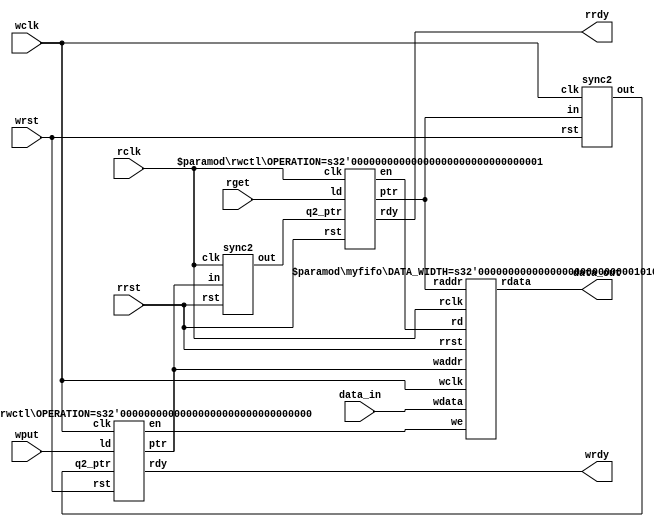
`timescale 1ns / 1ps
//////////////////////////////////////////////////////////////////////////////////
// Company: 
// Engineer: 
// 
// Design Name: 
// Module Name:    lp805x_syncg 
// Project Name: 
// Target Devices: 
// Tool versions: 
// Description: 
//
// Dependencies: 
//
// Revision: 
// Revision 0.01 - File Created
// Additional Comments: 
//
//////////////////////////////////////////////////////////////////////////////////

module lp805x_syncg(
		wclk,
		wrst,
		data_in,
		wput,
		wrdy,
		rclk,
		rrst,
		data_out,
		rget,
		rrdy
    );
	 
	parameter WR=0;
	parameter RD=1;
	parameter DATA_WIDTH = 40;

	input [DATA_WIDTH-1:0] data_in;
	input wclk,wrst,wput;
	output wrdy;
	
	output [DATA_WIDTH-1:0] data_out;
	input rclk,rrst,rget;
	output rrdy;
	
	wire we,wptr;
	wire rd,rptr;
	wire wq2_rptr,rq2_wptr;

	rwctl #(.OPERATION(WR)) wctl( .clk( wclk), .rst(wrst), .ld(wput),
							.rdy(wrdy), .en(we), .ptr(wptr), .q2_ptr(wq2_rptr));
	
	sync2 syncrtow( .clk( wclk), .rst( wrst), .in(rptr), .out(wq2_rptr));
	
	rwctl #(.OPERATION(RD)) rctl( .clk( rclk), .rst(rrst), .ld(rget),
							.rdy(rrdy), .en(rd), .ptr(rptr), .q2_ptr(rq2_wptr));
							
	sync2 syncwtor( .clk( rclk), .rst( rrst), .in(wptr), .out(rq2_wptr));						
		
	myfifo #(.DATA_WIDTH(DATA_WIDTH))
	fifo_1
	(
		.wclk( wclk),
		.we( we),
		.waddr( wptr),
		.wdata( data_in),
		.rclk( rclk),
		.rrst( rrst),
		.rd( rd),
		.raddr( rptr),
		.rdata( data_out)
	);

endmodule

module myfifo(
	wclk,
	we,
	waddr,
	wdata,
	rclk,
	rrst,
	rd,
	raddr,
	rdata
	);
	
	parameter DATA_WIDTH = 40;
	parameter ADDR_WIDTH = 1;

	input wclk,we;
	input [DATA_WIDTH-1:0] wdata;
	input [ADDR_WIDTH-1:0] waddr;
		
	input rclk,rd;
	input rrst;
	output reg [DATA_WIDTH-1:0] rdata;
	input [ADDR_WIDTH-1:0] raddr;
	
	reg [DATA_WIDTH-1:0] buff [0:(1<<ADDR_WIDTH)-1]; //(1<<ADDR_WIDTH)-1
		
	always @(posedge wclk)
		if ( we)
			buff[waddr] <= #1 wdata;
			
	always @(posedge rclk)
		if ( rrst)
			rdata <= #1 0;
		else if ( rd)
			rdata <= #1 buff[raddr];
	
endmodule

module rwctl( clk, rst, ld, rdy, en, ptr, q2_ptr);
	input clk,rst;
	input ld;
	input q2_ptr;
	
	output rdy;
	output ptr;
	output en;
	
	reg ffd;
	
	parameter WR=0;
	parameter RD=1;
	parameter OPERATION = WR;
	
	generate
		if ( OPERATION==WR)
			assign rdy = ~(ptr ^ q2_ptr);
		else
			assign rdy = (ptr ^ q2_ptr);
	endgenerate
	
	assign
		en = ld & rdy,
		ptr = ffd;
	
	always @(posedge clk or posedge rst)
		if ( rst)
			ffd <= #1 0;
		else
			ffd <= #1 ffd ^ en;

endmodule

module sync2( clk, rst, in, out );

	input clk,rst;
	input in;
	output out;

	reg ff1,ff2;
	
	assign out = ff2;
	
	always @(posedge clk or posedge rst)
	begin
		if ( rst) begin
			ff1 <= #1 0;
			ff2 <= #1 0;
		end else begin
			ff1 <= #1 in;
			ff2 <= #1 ff1;
		end
	end

endmodule

/*
module rctl (
  output  rrdy, reg rptr,
  input   rget,rq2_wptr,
  input   rclk, rrst_n);
  
  assign rinc  = rrdy & rget;
  assign rrdy  = (rq2_wptr ^ rptr);
  always @(posedge rclk or negedge rrst_n)
    if   (!rrst_n) rptr <= 0;
    else           rptr <= rptr ^ rinc;
endmodule

module dp_ram2
 (output [7:0] q,
  input  [7:0] d,
  input   waddr, raddr, we, clk);
  reg [7:0] mem [0:1];
  always @(posedge clk)
    if (we) mem[waddr] <= d;
  assign q = mem[raddr];
endmodule

module lp805x_syncg (
  // Write clk interface
  input  [7:0] wdata,
  output  wrdy,
  input   wput,
  input   wclk, wrst_n,
  // Read clk interface
  output [7:0] rdata,
  output  rrdy,
  input   rget,
  input   rclk, rrst_n);
  //reg wptr, we, wq2_rptr;
 // reg rptr, rq2_wptr;
  wctl  wctl  ( .wrdy(wrdy), .wptr(wptr), .we(we), .wput(wput),
  .wq2_rptr(wq2_rptr), .wclk(wclk), .wrst_n(wrst_n));
  rctl  rctl  ( .rrdy(rrdy), .rptr(rptr), .rget(rget),
  .rq2_wptr(rq2_wptr),.rclk(rclk), .rrst_n(rrst_n));
  sync2 w2r_sync (.q(rq2_wptr), .d(wptr), .clk(rclk), .rst_n(rrst_n));
  sync2 r2w_sync (.q(wq2_rptr), .d(rptr), .clk(wclk), .rst_n(wrst_n));
  // dual-port 2-deep ram
  dp_ram2 dpram (.q(rdata), .d(wdata),
                          .waddr(wptr), .raddr(rptr),
                          .we(we), .clk(wclk));
endmodule

module wctl (
  output  wrdy, 
  output reg wptr,
  output   we,
  input   wput, wq2_rptr,
  input   wclk, wrst_n);
  assign we    = wrdy & wput;
  assign wrdy  = ~(wq2_rptr ^ wptr);
  always @(posedge wclk or negedge wrst_n)
    if (!wrst_n) wptr <= 0;
    else         wptr <= wptr ^ we;
endmodule

// sync signal to different clock domain
module sync2 (
  output  reg q,
  input   d, clk, rst_n);
  reg q1; // 1st stage ff output
  always @(posedge clk or negedge rst_n)
    if (!rst_n) {q,q1} <= 0;
    else        {q,q1} <= {q1,d};
endmodule

*/